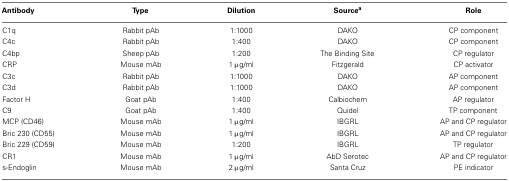
| Antibody | Type | Dilution | Sourcea | Role |
 | --- | --- | --- | --- | --- |
 | C1q | Rabbit pAb | 1:1000 | DAKO | CP component |
 | C4c | Rabbit pAb | 1:400 | DAKO | CP component |
 | C4bp | Sheep pAb | 1:200 | The Binding Site | CP regulator |
 | CRP | Mouse mAb | 1 μg/ml | Fitzgerald | CP activator |
 | C3c | Rabbit pAb | 1:1000 | DAKO | AP component |
 | C3d | Rabbit pAb | 1:1000 | DAKO | AP component |
 | Factor H | Goat pAb | 1:400 | Calbiochem | AP regulator |
 | C9 | Goat pAb | 1:400 | Quidel | TP component |
 | MCP (CD46) | Mouse mAb | 1 μg/ml | IBGRL | AP and CP regulator |
 | Bric 230 (CD55) | Mouse mAb | 1 μg/ml | IBGRL | AP and CP regulator |
 | Bric 229 (CD59) | Mouse mAb | 1:200 | IBGRL | TP regulator |
 | CR1 | Mouse mAb | 1 μg/ml | AbD Serotec | AP and CP regulator |
 | s-Endoglin | Mouse mAb | 2 μg/ml | Santa Cruz | PE indicator |